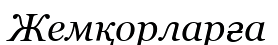
Жемқорларға